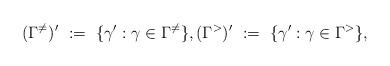
LaTeX: \begin{align*}(\Gamma^{\neq})'\ :=\ \{\gamma':\gamma\in\Gamma^{\neq}\}, (\Gamma^{>})'\ :=\ \{\gamma':\gamma\in\Gamma^{>}\},\end{align*}